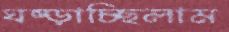
ঘষ্‌ড়াচ্ছিলাম